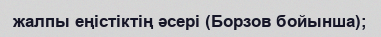
жалпы еңістіктің әсері (Борзов бойынша);